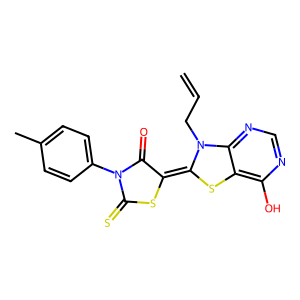
SMILES: C=CCN1C(=C2SC(=S)N(c3ccc(C)cc3)C2=O)Sc2c(O)ncnc21
Inhibits HIV replication: No